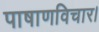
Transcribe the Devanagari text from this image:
पाषाणविचार।